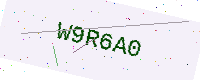
Text: W9R6A0